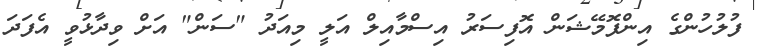
ފުލުހުންގެ އިންފޮމޭޝަން އޮފިސަރު އިސްމާއިލް އަލީ މިއަދު "ސަން" އަށް ވިދާޅުވީ އެފަދަ